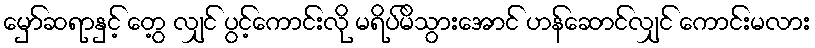
မှော်ဆရာနှင့် တွေ့ လျှင် ပွင့်ကောင်းလို မရိပ်မိသွားအောင် ဟန်ဆောင်လျှင် ကောင်းမလား